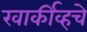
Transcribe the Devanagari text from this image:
खार्कीव्हचे